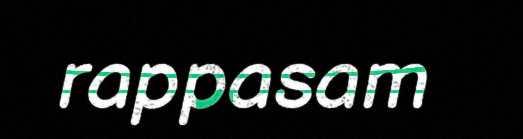
rappasam